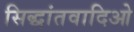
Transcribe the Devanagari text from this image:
सिद्धांतवादिओ